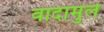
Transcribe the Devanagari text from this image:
वादामुले